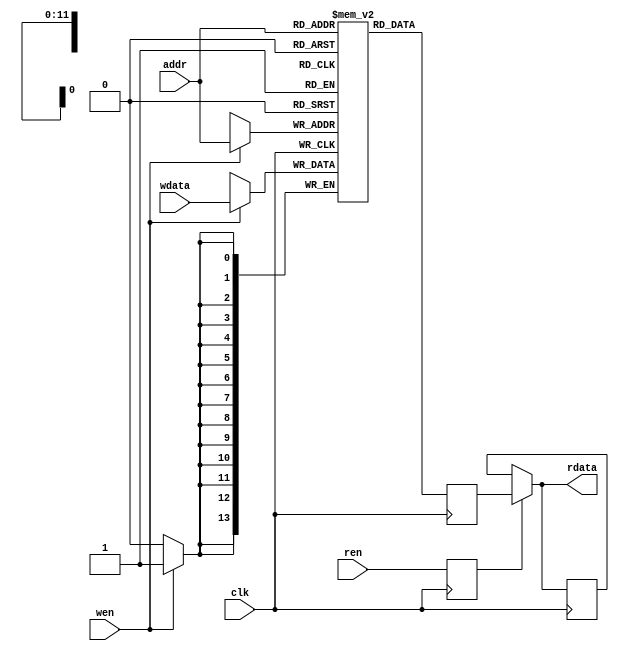

module lz77_hash_table_ram #(
    parameter          HASH_BITS = 12
) (
    input  wire                 clk,
    input  wire [HASH_BITS-1:0] addr,
    input  wire                 wen,
    input  wire [         13:0] wdata,
    input  wire                 ren,
    output wire [         13:0] rdata
);


reg  [13:0] rdata_ram;
reg  [13:0] rdata_reg = 14'h0;
reg         ren_r     = 1'b0;

reg  [13:0] ram [ ((1<<HASH_BITS)-1) : 0 ];

always @ (posedge clk)
    if (wen)                        // RAM w_enable
        ram[addr] <= wdata;         // RAM[w_addr] <= w_data

always @ (posedge clk)
    rdata_ram <= ram[addr];         // r_data <= RAM[r_addr]

always @ (posedge clk) begin
    if (ren_r)
        rdata_reg <= rdata_ram;
    ren_r <= ren;
end

assign rdata = ren_r ? rdata_ram : rdata_reg;

endmodule